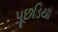
પૂછડિયા